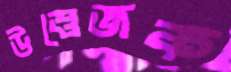
উত্তেজক